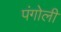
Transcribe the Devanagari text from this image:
पंगोली